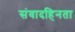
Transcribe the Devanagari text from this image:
संवादहिनता